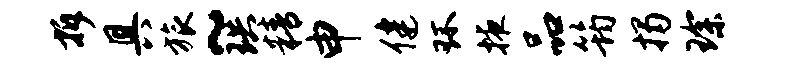
拆具旅~珙精申健环掖品筠揭琛